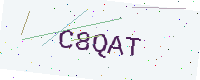
Text: C8QAT